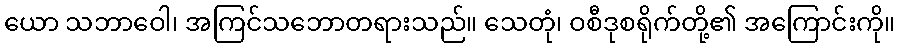
ယော သဘာဝေါ၊ အကြင်သဘောတရားသည်။ သေတုံ၊ ဝစီဒုစရိုက်တို့၏ အကြောင်းကို။